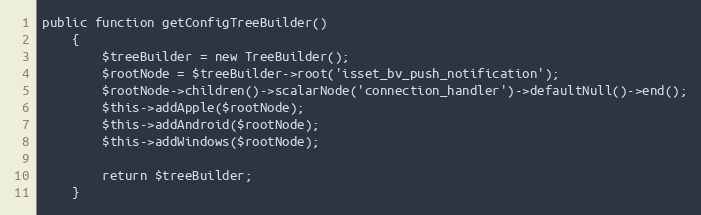
Language: PHP
public function getConfigTreeBuilder()
    {
        $treeBuilder = new TreeBuilder();
        $rootNode = $treeBuilder->root('isset_bv_push_notification');
        $rootNode->children()->scalarNode('connection_handler')->defaultNull()->end();
        $this->addApple($rootNode);
        $this->addAndroid($rootNode);
        $this->addWindows($rootNode);

        return $treeBuilder;
    }